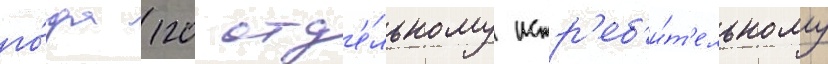
го́да 120 отд'е́льному истр'еб'и́т'ельному